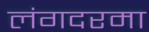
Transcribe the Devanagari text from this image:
लंगदरमा